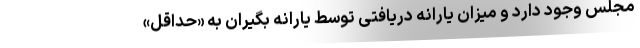
مجلس وجود دارد و میزان یارانه دریافتی توسط یارانه بگیران به «حداقل»